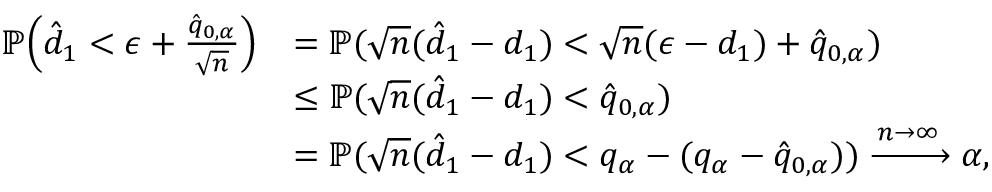
\begin{array} { r l } { \mathbb { P } \Big ( \hat { d } _ { 1 } < \epsilon + \frac { \hat { q } _ { 0 , \alpha } } { \sqrt { n } } \Big ) } & { = \mathbb { P } ( \sqrt { n } ( \hat { d } _ { 1 } - d _ { 1 } ) < \sqrt { n } ( \epsilon - d _ { 1 } ) + \hat { q } _ { 0 , \alpha } ) } \\ & { \leq \mathbb { P } ( \sqrt { n } ( \hat { d } _ { 1 } - d _ { 1 } ) < \hat { q } _ { 0 , \alpha } ) } \\ & { = \mathbb { P } ( \sqrt { n } ( \hat { d } _ { 1 } - d _ { 1 } ) < q _ { \alpha } - ( q _ { \alpha } - \hat { q } _ { 0 , \alpha } ) ) \xrightarrow { n \to \infty } \alpha , } \end{array}